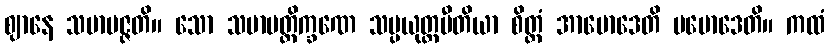
ဈာနေ သမာပဇ္ဇတိ။ သော သမာပတ္တိက္ခဏေ သမ္ပယုတ္တပီတိယာ စိတ္တံ အာမောဒေတိ ပမောဒေတိ။ ကထံ